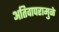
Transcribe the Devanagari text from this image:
अतिवापरामुळे